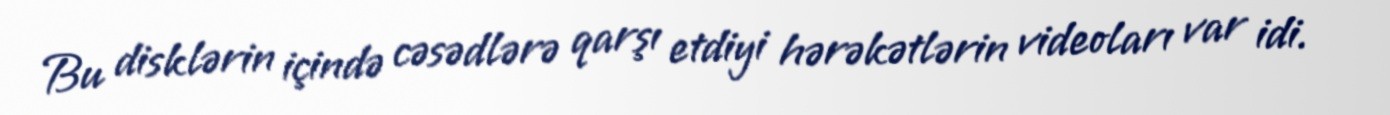
Bu disklərin içində cəsədlərə qarşı etdiyi hərəkətlərin videoları var idi.